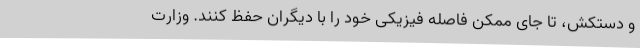
و دستکش، تا جای ممکن فاصله فیزیکی خود را با دیگران حفظ کنند. وزارت